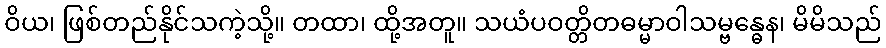
ဝိယ၊ ဖြစ်တည်နိုင်သကဲ့သို့။ တထာ၊ ထို့အတူ။ သယံပဝတ္တိတဓမ္မာဝါသမ္ဗန္ဓေန၊ မိမိသည်